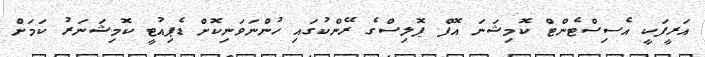
އަރީފަކީ އެސިސްޓެންޓް ކޮމިޝަނަ އޮފް ޕޮލިސްގެ ރޭންކުގައި ހުންނަވަނިކޮށް ޑެޕިއުޓީ ކޮމިޝަނަރު ކަމަށް